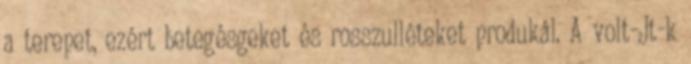
a terepet, ezért betegésgeket és rosszulléteket produkál. A volt-Jt-k